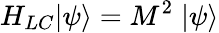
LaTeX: H_{LC}|\psi\rangle=M^{2}\; |\psi\rangle